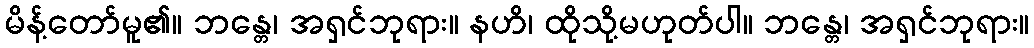
မိန့်တော်မူ၏။ ဘန္တေ၊ အရှင်ဘုရား။ နဟိ၊ ထိုသို့မဟုတ်ပါ။ ဘန္တေ၊ အရှင်ဘုရား။